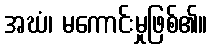
အဃံ၊ မကောင်းမှုဖြစ်၏။